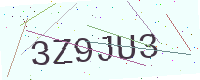
Text: 3Z9JU3